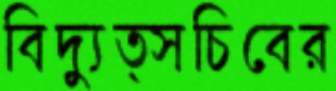
বিদ্যুত্সচিবের